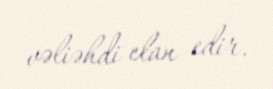
vəliəhdi elan edir.